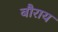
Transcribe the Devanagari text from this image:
बौराय